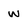
Character: w